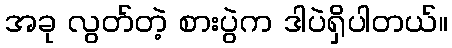
အခု လွတ်တဲ့ စားပွဲက ဒါပဲရှိပါတယ်။